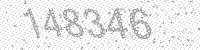
Solution: 148346